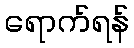
ရောက်ရန်